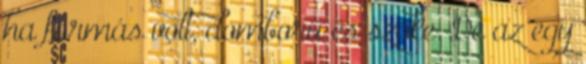
ha formás volt, domború és szőke. De az egy